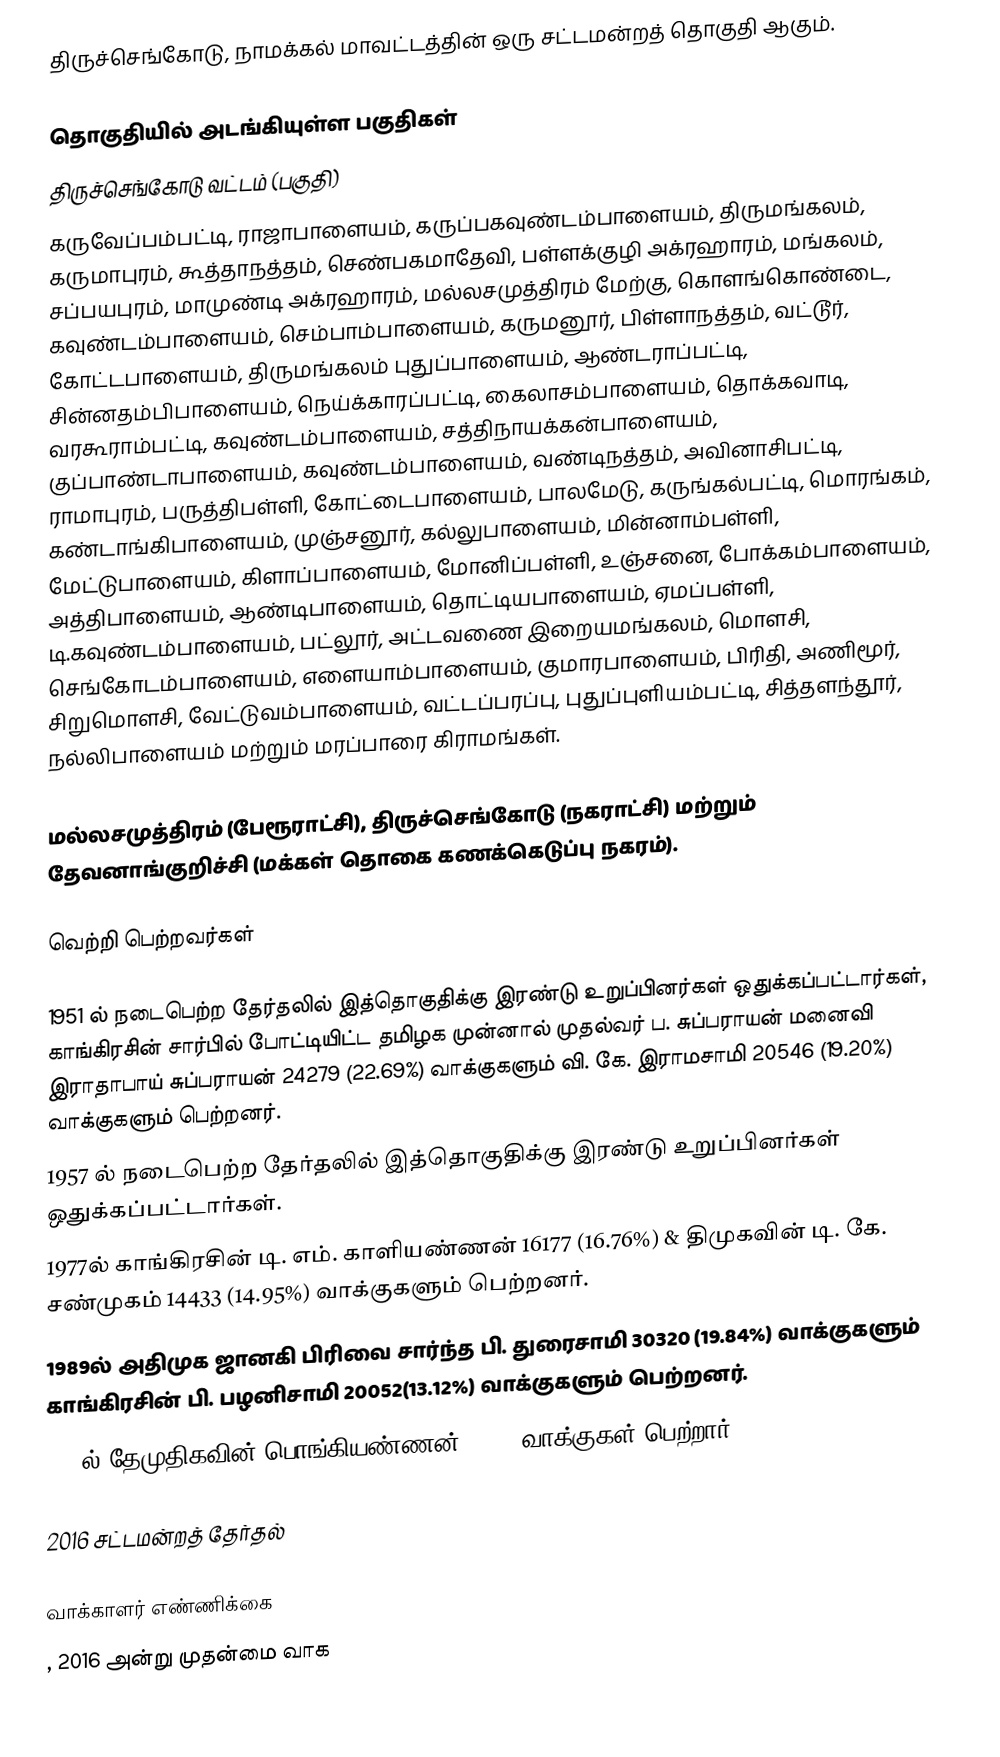
திருச்செங்கோடு, நாமக்கல் மாவட்டத்தின் ஒரு சட்டமன்றத் தொகுதி ஆகும்.

தொகுதியில் அடங்கியுள்ள பகுதிகள்
திருச்செங்கோடு வட்டம் (பகுதி)
கருவேப்பம்பட்டி, ராஜாபாளையம், கருப்பகவுண்டம்பாளையம், திருமங்கலம், கருமாபுரம், கூத்தாநத்தம், செண்பகமாதேவி, பள்ளக்குழி அக்ரஹாரம், மங்கலம், சப்பயபுரம், மாமுண்டி அக்ரஹாரம், மல்லசமுத்திரம் மேற்கு, கொளங்கொண்டை, கவுண்டம்பாளையம், செம்பாம்பாளையம், கருமனூர், பிள்ளாநத்தம், வட்டூர், கோட்டபாளையம், திருமங்கலம் புதுப்பாளையம், ஆண்டராப்பட்டி, சின்னதம்பிபாளையம், நெய்க்காரப்பட்டி, கைலாசம்பாளையம், தொக்கவாடி, வரகூராம்பட்டி, கவுண்டம்பாளையம், சத்திநாயக்கன்பாளையம், குப்பாண்டாபாளையம், கவுண்டம்பாளையம், வண்டிநத்தம், அவினாசிபட்டி, ராமாபுரம், பருத்திபள்ளி, கோட்டைபாளையம், பாலமேடு, கருங்கல்பட்டி, மொரங்கம், கண்டாங்கிபாளையம், முஞ்சனூர், கல்லுபாளையம், மின்னாம்பள்ளி, மேட்டுபாளையம், கிளாப்பாளையம், மோனிப்பள்ளி, உஞ்சனை, போக்கம்பாளையம், அத்திபாளையம், ஆண்டிபாளையம், தொட்டியபாளையம், ஏமப்பள்ளி, டி.கவுண்டம்பாளையம், பட்லூர், அட்டவணை இறையமங்கலம், மொளசி, செங்கோடம்பாளையம், எளையாம்பாளையம், குமாரபாளையம், பிரிதி, அணிமூர், சிறுமொளசி, வேட்டுவம்பாளையம், வட்டப்பரப்பு, புதுப்புளியம்பட்டி, சித்தளந்தூர், நல்லிபாளையம் மற்றும் மரப்பாரை கிராமங்கள்.

மல்லசமுத்திரம் (பேரூராட்சி), திருச்செங்கோடு (நகராட்சி) மற்றும் தேவனாங்குறிச்சி (மக்கள் தொகை கணக்கெடுப்பு நகரம்).

வெற்றி பெற்றவர்கள்

1951 ல் நடைபெற்ற தேர்தலில் இத்தொகுதிக்கு இரண்டு உறுப்பினர்கள் ஒதுக்கப்பட்டார்கள், காங்கிரசின் சார்பில் போட்டியிட்ட தமிழக முன்னால் முதல்வர் ப. சுப்பராயன் மனைவி இராதாபாய் சுப்பராயன் 24279 (22.69%) வாக்குகளும் வி. கே. இராமசாமி 20546 (19.20%) வாக்குகளும் பெற்றனர்.
1957 ல் நடைபெற்ற தேர்தலில் இத்தொகுதிக்கு இரண்டு உறுப்பினர்கள் ஒதுக்கப்பட்டார்கள்.
1977ல் காங்கிரசின் டி. எம். காளியண்ணன் 16177 (16.76%) & திமுகவின் டி. கே. சண்முகம் 14433 (14.95%) வாக்குகளும் பெற்றனர்.
1989ல் அதிமுக ஜானகி பிரிவை சார்ந்த பி. துரைசாமி 30320 (19.84%) வாக்குகளும் காங்கிரசின் பி. பழனிசாமி 20052(13.12%) வாக்குகளும் பெற்றனர்.
2006ல் தேமுதிகவின் பொங்கியண்ணன் 32327 வாக்குகள் பெற்றார்.

2016 சட்டமன்றத் தேர்தல்

வாக்காளர் எண்ணிக்கை
, 2016 அன்று முதன்மை வாக